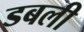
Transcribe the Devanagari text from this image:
डबली